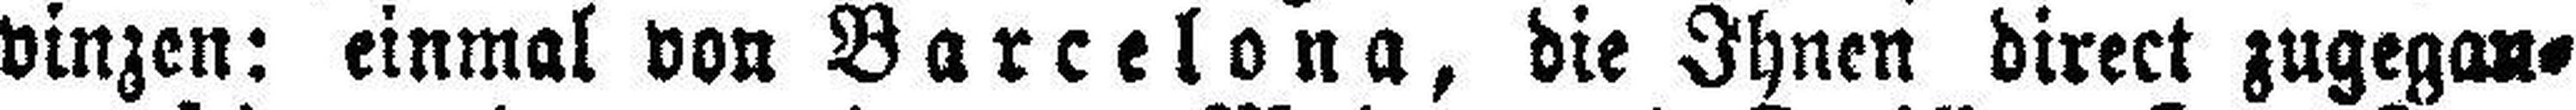
vinzen: einmal von Barcelona, die Ihnen direct zugegan¬